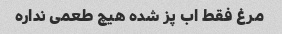
مرغ فقط اب پز شده هیچ طعمی نداره